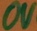
Text: 0V